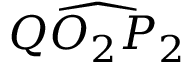
\widehat { Q O _ { 2 } P _ { 2 } }